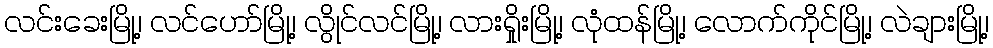
လင်းခေးမြို့၊ လင်ဟော်မြို့၊ လွိုင်လင်မြို့၊ လားရှိုးမြို့၊ လုံထန်မြို့၊ လောက်ကိုင်မြို့၊ လဲချားမြို့၊